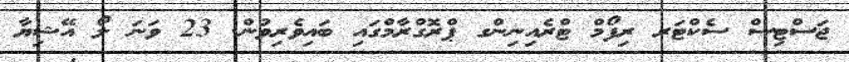
ޖަސްޓިސް ސެކްޓަރ ރިފޯމް ޓްރެއިނިންގ ޕްރޮގްރާމްގައި ބައިވެރިވުން. 23 ވަނަ ލޯ އޭޝިޔާ